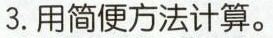
3.用简便方法计算。